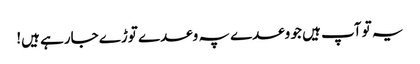
یہ تو آپ ہیں جو وعدے پہ وعدے توڑے جارہے ہیں!